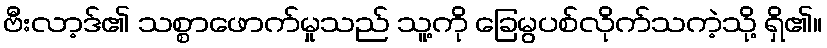
ဗီးလာ့ဒ်၏ သစ္စာဖောက်မှုသည် သူ့ကို ခြေမွပစ်လိုက်သကဲ့သို့ ရှိ၏။